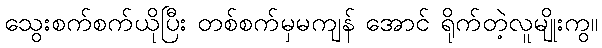
သွေးစက်စက်ယိုပြီး တစ်စက်မှမကျန် အောင် ရိုက်တဲ့လူမျိုးကွ။